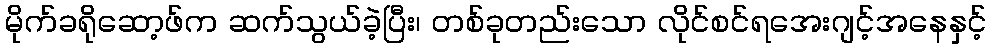
မိုက်ခရိုဆော့ဖ်က ဆက်သွယ်ခဲ့ပြီး၊ တစ်ခုတည်းသော လိုင်စင်ရအေးဂျင့်အနေနှင့်